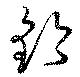
鈐